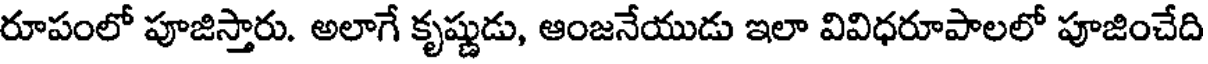
రూపంలో పూజిస్తారు. అలాగే కృష్ణుడు, ఆంజనేయుడు ఇలా వివిధరూపాలలో పూజించేది